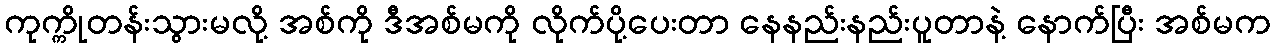
ကုက္ကိုတန်းသွားမလို့ အစ်ကို ဒီအစ်မကို လိုက်ပို့ပေးတာ နေနည်းနည်းပူတာနဲ့ နောက်ပြီး အစ်မက